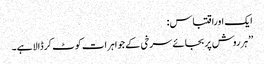
ایک اوراقتباس:
’’ہرروش پربجائے سرخی کے جواہرات کوٹ کرڈالاہے۔